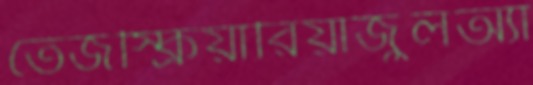
তেজস্ক্রিয়ারিয়াজুলঅ্যা